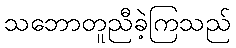
သဘောတူညီခဲ့ကြသည်